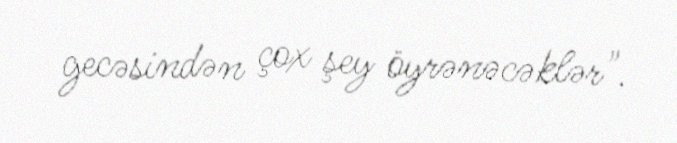
gecəsindən çox şey öyrənəcəklər".